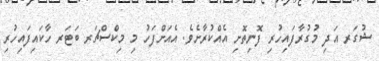
ޝުގަރ އަދި މުގުރާފައިހުރި ފޮނިތޮށި އެއްކުރާށެވެ. އެއަށްފަހު މި މިކްސްޗަރ ބަޓަރ ހާކައިފައިހުރި